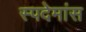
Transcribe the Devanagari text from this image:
स्पदेमांस